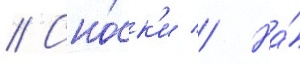
// Сно́ск'и // На́